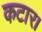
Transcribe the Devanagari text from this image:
कटार।